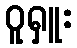
ဝူရှူး